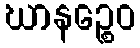
ဃာနဉ္စေဝ